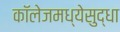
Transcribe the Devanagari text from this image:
कॉलेजमध्येसुद्धा